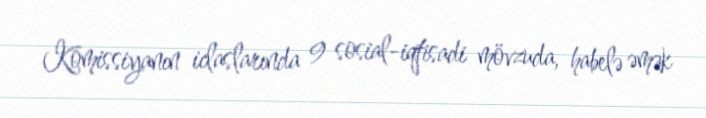
Komissiyanın iclaslarında 9 sosial-iqtisadi mövzuda, habelə əmək